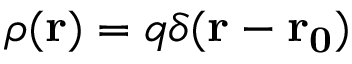
\rho ( \mathbf { r } ) = q \delta ( \mathbf { r - r _ { 0 } } )